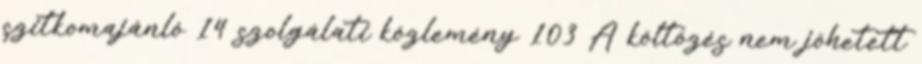
szitkomajánló 14 szolgálati közlemény 103 A költözés nem jöhetett